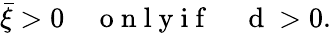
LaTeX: \bar{\xi}>0\quad\mathrm{~o~n~l~y~i~f~}\quad\mathrm{~d~}>0.